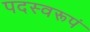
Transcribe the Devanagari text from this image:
पदस्वरूपं